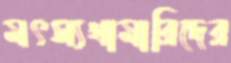
মৎস্যখামারিদের